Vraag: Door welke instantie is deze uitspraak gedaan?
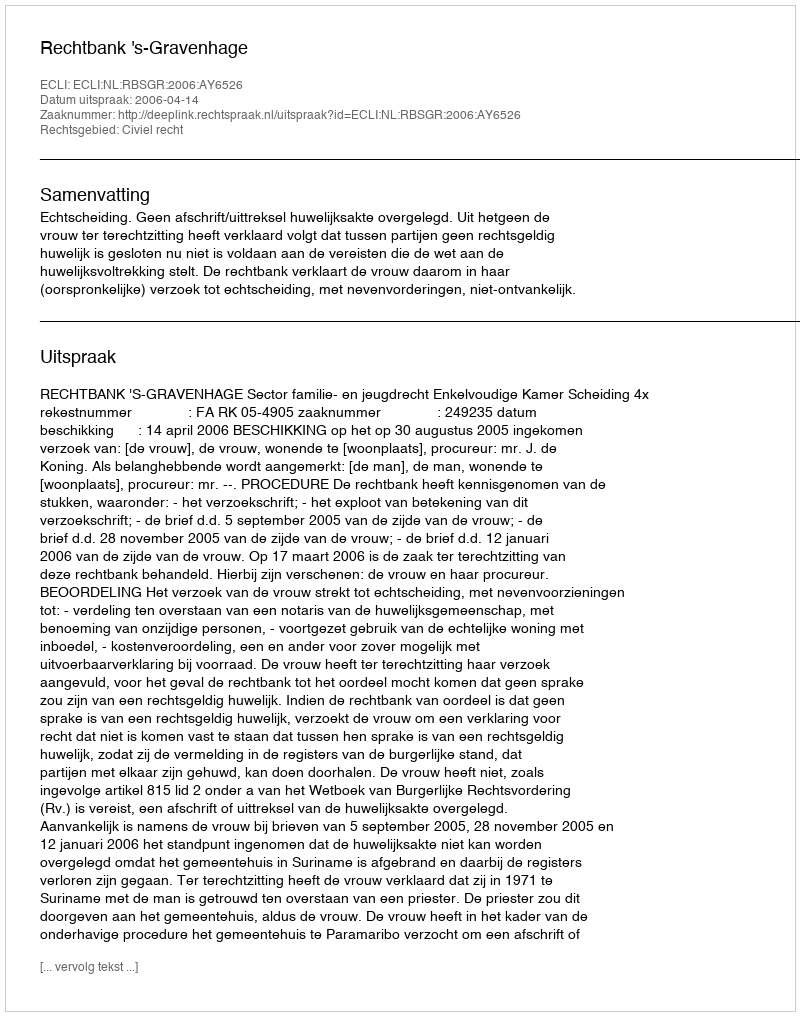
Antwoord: Rechtbank 's-Gravenhage